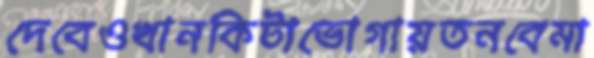
দেবেওখানকিটাভোগায়তনবেমা